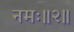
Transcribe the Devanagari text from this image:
नमः॥२॥